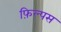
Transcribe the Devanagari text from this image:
फ़िल्पस